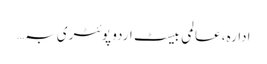
ادارہ، عالمی بیسٹ اردو پوئٹری بہ…